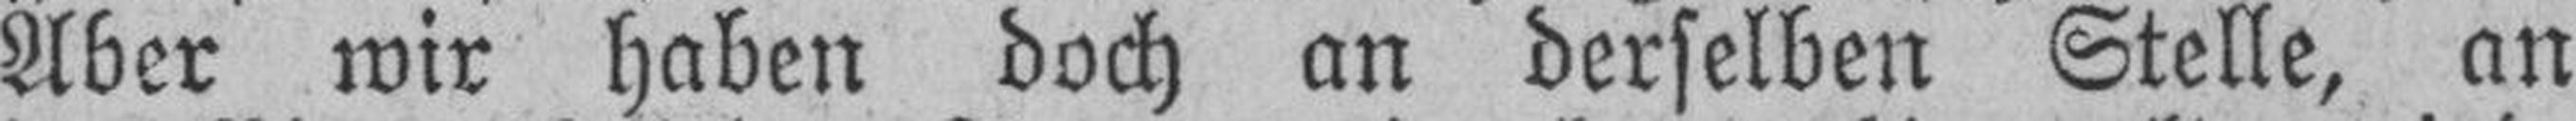
Aber wir haben doch an derselben Stelle, an